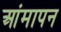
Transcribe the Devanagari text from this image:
आंमापन